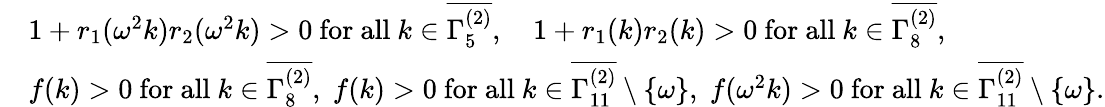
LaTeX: \begin{array}{rl}&{1+r_{1}(\omega^{2}k)r_{2}(\omega^{2}k)>0\mathrm{~for~all~}k\in\overline{{\Gamma_{5}^{(2)}}},\quad 1+r_{1}(k)r_{2}(k)>0\mathrm{~for~all~}k\in\overline{{\Gamma_{8}^{(2)}}},}\\ &{f(k)>0\mathrm{~for~all~}k\in\overline{{\Gamma_{8}^{(2)}}},\; f(k)>0\mathrm{~for~all~}k\in\overline{{\Gamma_{11}^{(2)}}}\setminus\{ \omega\} ,\; f(\omega^{2}k)>0\mathrm{~for~all~}k\in\overline{{\Gamma_{11}^{(2)}}}\setminus\{ \omega\} .}\end{array}